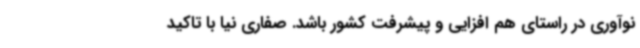
نوآوری در راستای هم افزایی و پیشرفت کشور باشد. صفاری نیا با تاکید